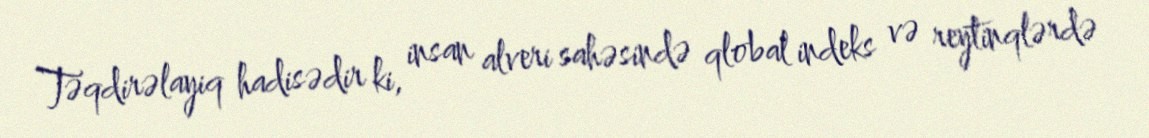
Təqdirəlayiq hadisədir ki, insan alveri sahəsində qlobal indeks və reytinqlərdə